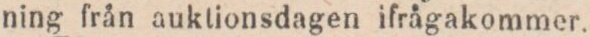
ning från auktionsdagen ifrågakommer.